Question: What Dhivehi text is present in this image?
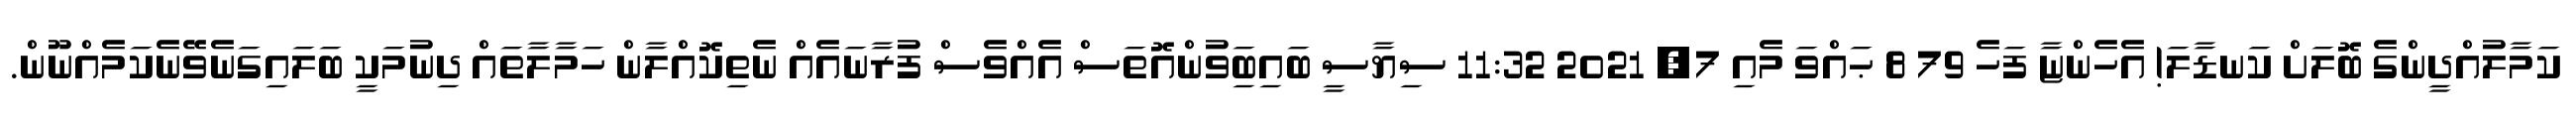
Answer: ކަމާލުއްދީންގެ ބޮލަށް ކަނޑާލަ! އެހެންޏާ ފަހެ 79 8 ޙައްވަ މެއި 7, 2021 11:32 ސިޔާސީ ބައިބަިވުންއޮތަސް އެއްވެސް ފުރާނައެއް ނެތިކޮއްލާން ހަމާލާތައް ދިނުމަކީ ބަލައިގަނެވޭނެކަމެއްނޫން.